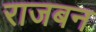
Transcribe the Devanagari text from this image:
राजबन